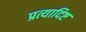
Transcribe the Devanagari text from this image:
प्रत्यादिष्ट